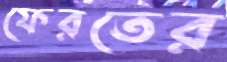
ফেরতের